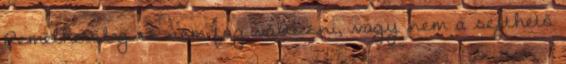
Remélhetőleg ez nem fog változni, vagy nem a sejthető